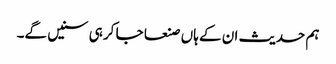
ہم حدیث ان کے ہاں صنعا جا کر ہی سنیں گے۔